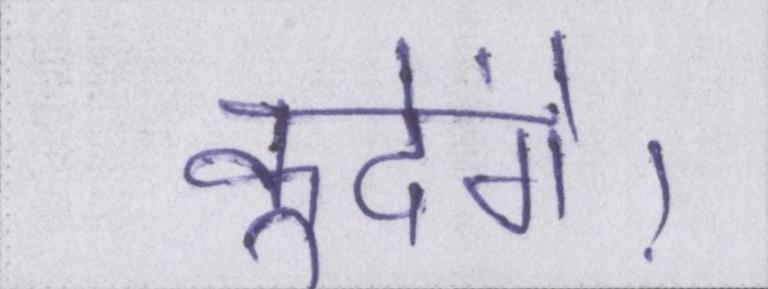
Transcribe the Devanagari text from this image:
कूदेंगे।